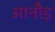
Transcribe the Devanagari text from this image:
आनौड़